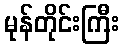
မုန်တိုင်းကြီး